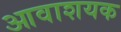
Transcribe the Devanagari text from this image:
आवाशयक